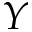
Y